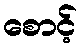
စောင့်